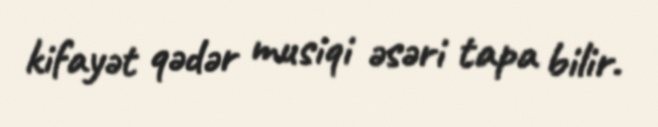
kifayət qədər musiqi əsəri tapa bilir.